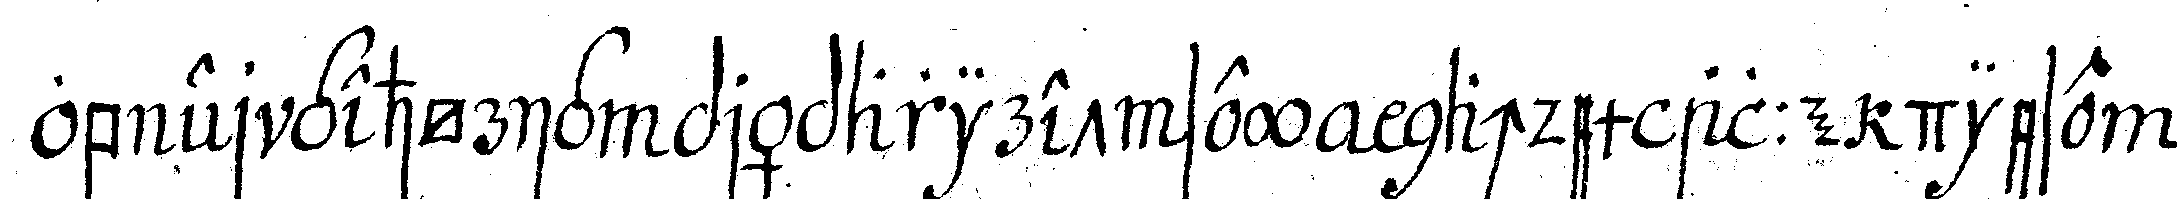
ob er gehörig päpariret sey nachdem alle diese